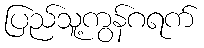
ပြည်သူ့ကွန်ဂရက်